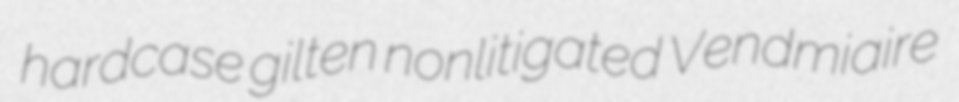
hardcase gilten nonlitigated Vendmiaire